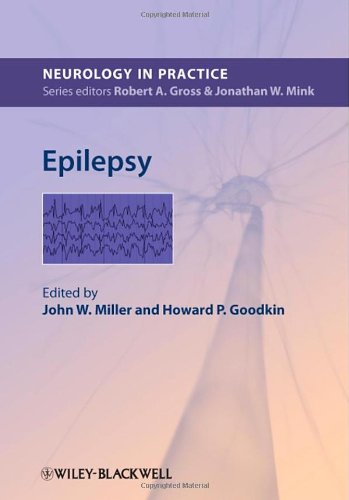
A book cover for Epilepsy (NIP- Neurology in Practice); Health, Fitness & Dieting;